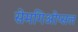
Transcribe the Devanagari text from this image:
सेमगिओप्सल